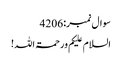
سوال نمبر:4206
السلام علیکم ورحمۃ اللہ!